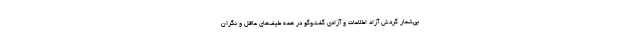
بی‌شمار گردش آزاد اطلاعات و آزادی گفت‌و‌گو در همه طیف‌های عاقل و نگران